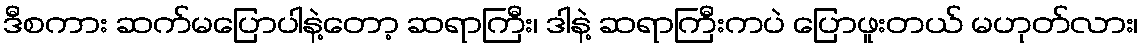
ဒီစကား ဆက်မပြောပါနဲ့တော့ ဆရာကြီး၊ ဒါနဲ့ ဆရာကြီးကပဲ ပြောဖူးတယ် မဟုတ်လား၊